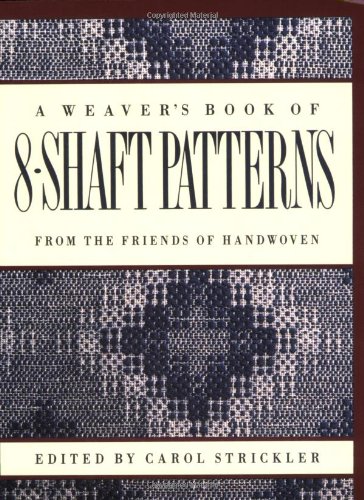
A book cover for A Weaver's Book of 8-Shaft Patterns: From the Friends of Handwoven; Crafts, Hobbies & Home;